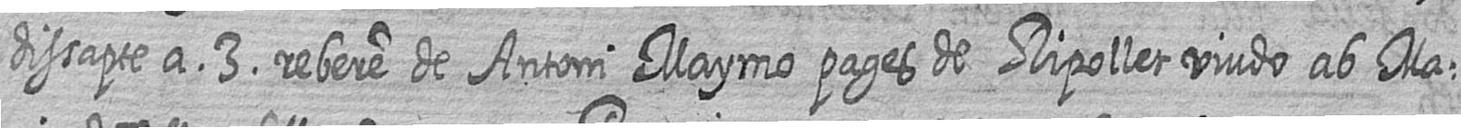
dissapte a 3 rebere de Antoni Maymo pages de Ripollet viudo ab Ma=